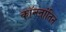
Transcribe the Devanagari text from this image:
कॉन्स्तांतिन